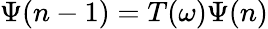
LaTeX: \Psi(n-1)=T(\omega)\Psi(n)